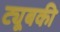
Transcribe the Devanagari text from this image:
ट्यूबकी